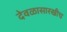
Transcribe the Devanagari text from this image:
देवळासारखीच